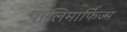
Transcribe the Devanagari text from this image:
पालिमार्फिज्म